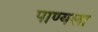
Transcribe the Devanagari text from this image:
पाण्यला